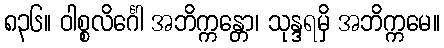
၈၃၆။ ဝါစ္စလိင်္ဂေါ အဘိက္ကန္တော၊ သုန္ဒရမှိ အဘိက္ကမေ။